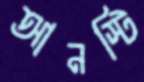
আনস্টি